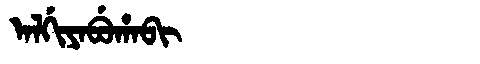
Manchu: ᠠᠯᡤᡳᠶᠠᠪᡠᡥᠠᠪᡳ
Romanization: ALGIYABUHABI